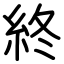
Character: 終